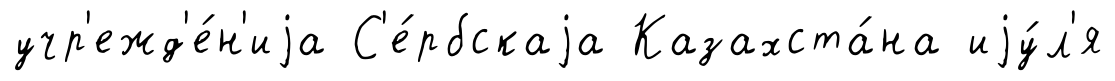
учр'ежд'е́н'иjа С'е́рбскаjа Казахста́на иjу́л'я